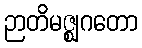
ဉာတိမဇ္ဈဂတော